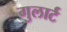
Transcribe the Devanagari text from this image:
गुलार्ट